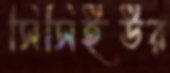
সিসিইউর